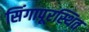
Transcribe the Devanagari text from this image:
सिंगापूरस्थित